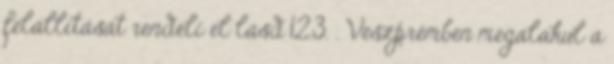
felállítását rendeli el lásd 12.3. . Veszprémben megalakul a